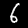
Digit: 6